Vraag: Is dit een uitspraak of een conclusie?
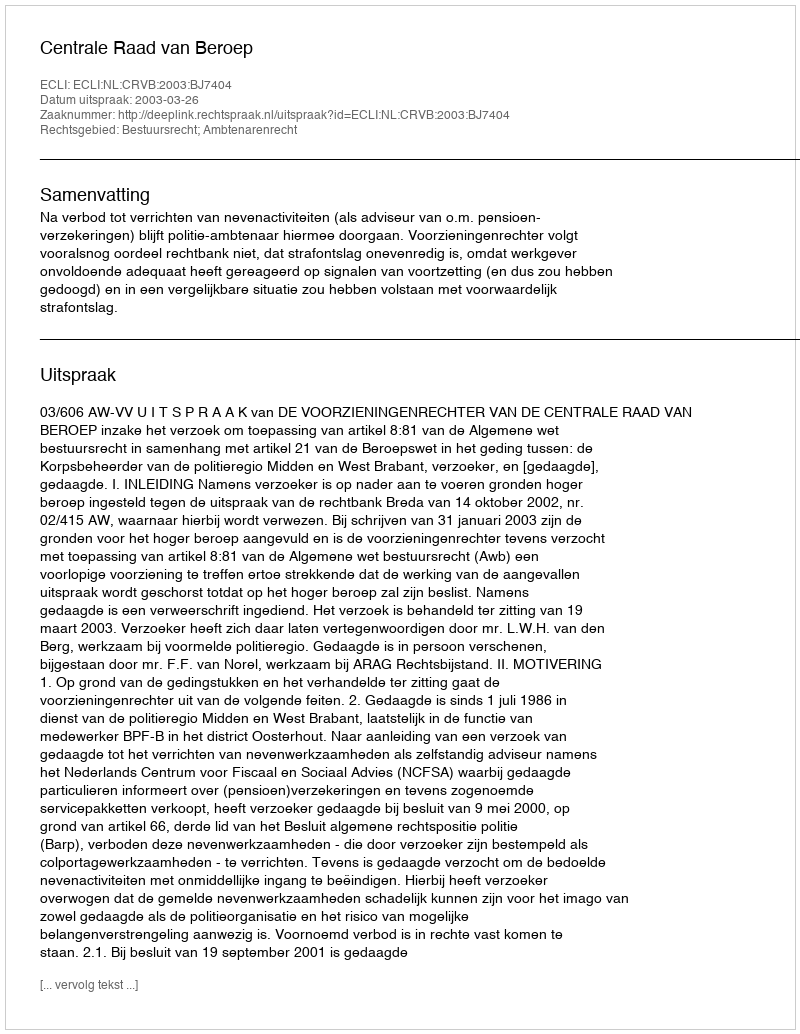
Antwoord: Uitspraak